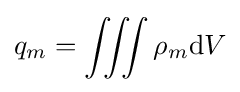
q_{m}=\iiint \rho _{m}\mathrm {d} V